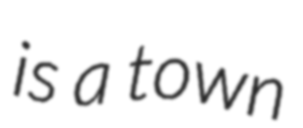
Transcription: is a town